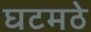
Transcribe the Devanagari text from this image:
घटमठे